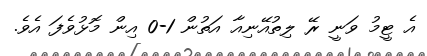
އެ ޓީމު ވަނީ ރޭ ލިތުއޭނިއާ އަތުން 1-0 އިން މޮޅުވެފަ އެވެ.